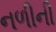
નળીની